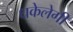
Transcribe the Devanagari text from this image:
धकेलेगी